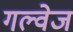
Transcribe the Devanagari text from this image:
गल्वेज